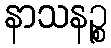
နာသနဉ္စ